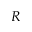
R